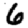
Digit: 6